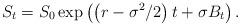
LaTeX: \begin{align*}S_{t}=S_{0}\exp\left(\left(r-\sigma^2/2\right)t+\sigma B_{t}\right).\end{align*}